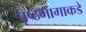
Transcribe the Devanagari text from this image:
पृष्ठभागाकडे